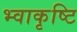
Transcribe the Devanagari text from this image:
भ्वाकृष्टि